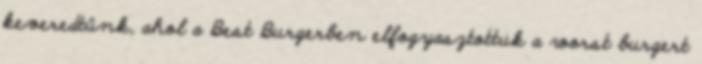
keveredtünk, ahol a Best Burgerben elfogyasztottuk a worst burgert